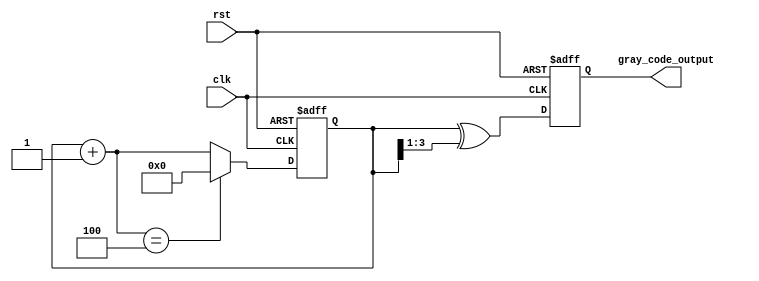
module gray_code_counter(
    input wire clk,
    input wire rst,
    output reg [n-1:0] gray_code_output
);

parameter n = 4; // Number of bits in the Gray code counter

reg [n-1:0] state;
reg [n-1:0] next_state;

always @ (posedge clk or posedge rst) begin
    if (rst) begin
        state <= 0;
    end else begin
        state <= next_state;
    end
end

always @ (*) begin
    next_state = state + 1;
    if (next_state == n) begin
        next_state = 0;
    end
end

always @ (posedge clk or posedge rst) begin
    if (rst) begin
        gray_code_output <= 0;
    end else begin
        gray_code_output <= state ^ (state >> 1);
    end
end

endmodule